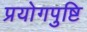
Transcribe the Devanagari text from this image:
प्रयोगपुष्टि